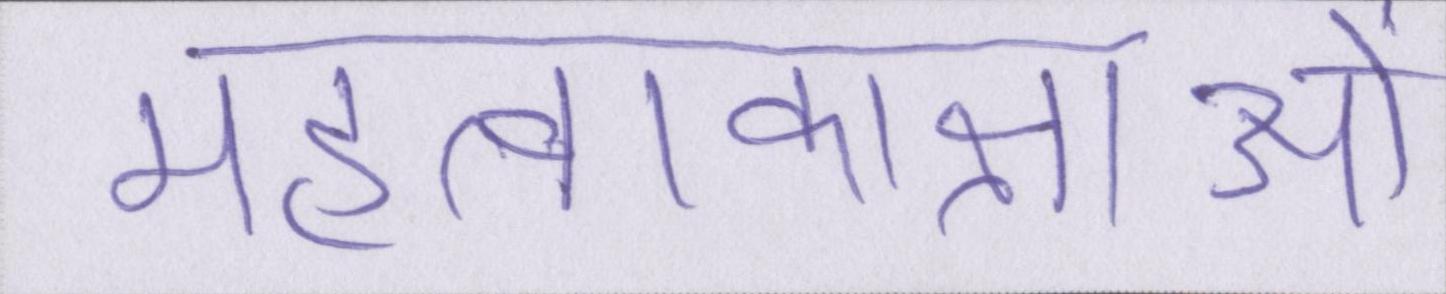
महत्वाकाक्षाओं